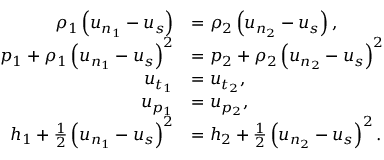
\begin{array} { r l } { \rho _ { 1 } \left( u _ { n _ { 1 } } - u _ { s } \right) } & { = \rho _ { 2 } \left( u _ { n _ { 2 } } - u _ { s } \right) , } \\ { p _ { 1 } + \rho _ { 1 } \left( u _ { n _ { 1 } } - u _ { s } \right) ^ { 2 } } & { = p _ { 2 } + \rho _ { 2 } \left( u _ { n _ { 2 } } - u _ { s } \right) ^ { 2 } } \\ { u _ { t _ { 1 } } } & { = u _ { t _ { 2 } } , } \\ { u _ { p _ { 1 } } } & { = u _ { p _ { 2 } } , } \\ { h _ { 1 } + \frac { 1 } { 2 } \left( u _ { n _ { 1 } } - u _ { s } \right) ^ { 2 } } & { = h _ { 2 } + \frac { 1 } { 2 } \left( u _ { n _ { 2 } } - u _ { s } \right) ^ { 2 } . } \end{array}